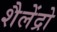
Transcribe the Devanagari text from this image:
शैलेंद्रो